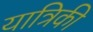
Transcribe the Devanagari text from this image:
यात्रिकी